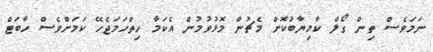
ނަމަވެސް ތިން ގޯލް ކާމިޔާބުކޮށް މެޗުން މޮޅުވުމުން އެކަމާ ހިތްހަމަޖެހޭ ކަމަށްވެސް ހާބަޓް